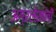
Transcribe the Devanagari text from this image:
अग्रलेखांची